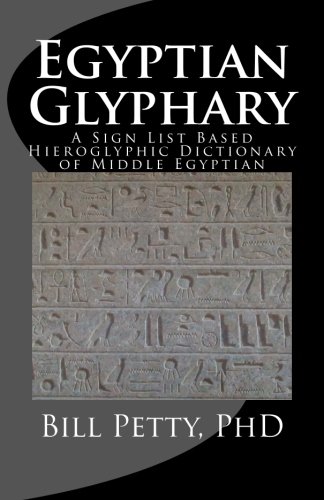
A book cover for Egyptian Glyphary: Hieroglyphic Dictionary and Sign List; Bill Petty PhD; Reference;